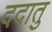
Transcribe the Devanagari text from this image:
ददातु